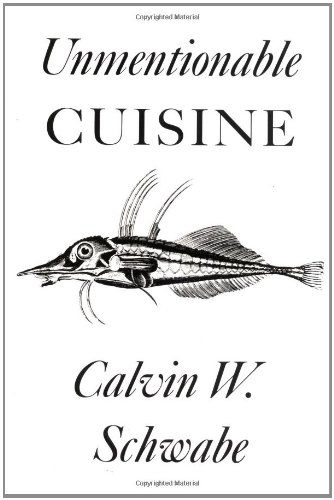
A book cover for Unmentionable Cuisine; Calvin W. Schwabe; Cookbooks, Food & Wine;